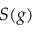
S ( g )